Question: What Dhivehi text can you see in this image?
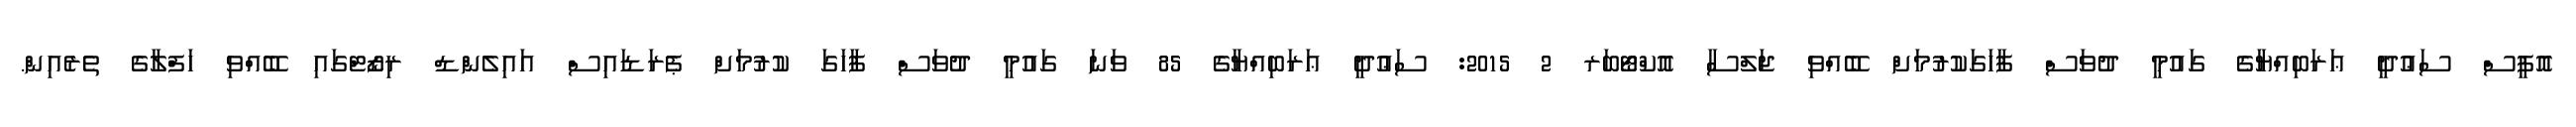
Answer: އޮފީސް ސަޢުދީ ޢަރަބިއްޔާގެ ގައުމީ ދުވަސް ފާހަގަކުރުމަށް ބޭއްވި ޖަލްސާ އޮކްޓޯބަރ 2 2015: ސަޢުދީ ޢަރަބިއްޔާގެ 85 ވަނަ ގައުމީ ދުވަސް ފާހަގަ ކުރުމަށް ޕެރަޑައިސް އައިލެންޑް ރިޒޯޓްގައި ބޭއްވި ހަފްލާގެ ތެރެއިން.